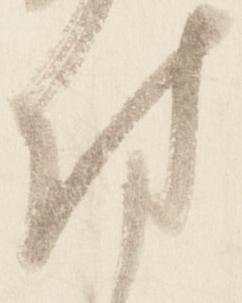
付